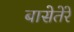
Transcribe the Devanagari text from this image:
बासेतेरे